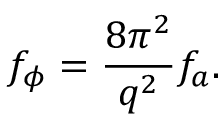
f _ { \phi } = \frac { 8 \pi ^ { 2 } } { q ^ { 2 } } f _ { a } .